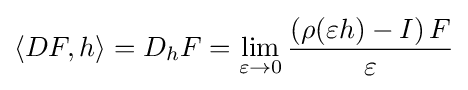
\langle DF,h\rangle =D_{h}F=\lim \limits _{\varepsilon \to 0}{\frac {\left(\rho (\varepsilon h)-I\right)F}{\varepsilon }}